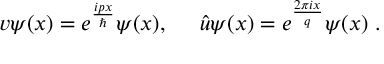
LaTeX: v \psi ( x ) = e ^ { \frac { i p x } { \hbar } } \psi ( x ) , \; \; \; \; \; \hat { u } \psi ( x ) = e ^ { \frac { 2 \pi i x } { q } } \psi ( x ) \; .